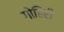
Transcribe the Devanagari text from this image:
गोहिरी